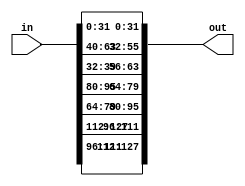
//implementation of the shiftRows function in verilog
//input: 4x4 matrix of 8-bit words
//output: 4x4 matrix of 8-bit words
//functional discription : shifting of the rows of the matrix by 0,1,2,3 positions cyclically to the left respectively

module shiftRows(in,out);
// Here the data is defined in single dimension
input [127:0]in;
output [127:0]out;
assign out[7:0]=in[7:0];
assign out[15:8]=in[15:8];
assign out[23:16]=in[23:16];
assign out[31:24]=in[31:24];
assign out[39:32]=in[47:40];
assign out[47:40]=in[55:48];
assign out[55:48]=in[63:56];
assign out[63:56]=in[39:32];
assign out[71:64]=in[87:80];
assign out[79:72]=in[95:88];
assign out[87:80]=in[71:64];
assign out[95:88]=in[79:72];
assign out[103:96]=in[119:112];
assign out[111:104]=in[127:120];
assign out[119:112]=in[103:96];
assign out[127:120]=in[111:104];
endmodule

// module shiftRows(in,out);

// // input [7:0]in[3:0][3:0];
// // output [7:0]out[3:0][3:0];
// //packed input and output
// input [3:0][3:0][7:0]in;
// output [3:0][3:0][7:0]out;
// //assign values to out
// assign out[0][0]=in[0][0];
// assign out[0][1]=in[0][1];
// assign out[0][2]=in[0][2];
// assign out[0][3]=in[0][3];
// assign out[1][0]=in[1][1];
// assign out[1][1]=in[1][2];
// assign out[1][2]=in[1][3];
// assign out[1][3]=in[1][0];
// assign out[2][0]=in[2][2];
// assign out[2][1]=in[2][3];
// assign out[2][2]=in[2][0];
// assign out[2][3]=in[2][1];
// assign out[3][0]=in[3][3];
// assign out[3][1]=in[3][0];
// assign out[3][2]=in[3][1];
// assign out[3][3]=in[3][2];
// endmodule